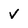
Character: v